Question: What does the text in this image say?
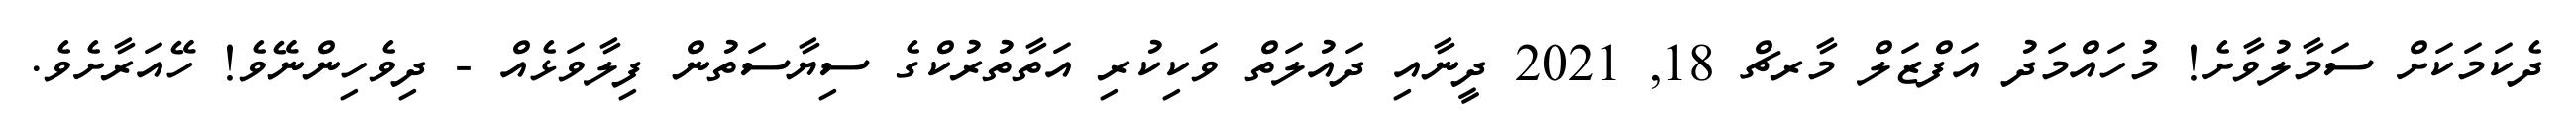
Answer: ދެކަމަކަށް ސަމާލުވާށެ! މުހައްމަދު އަފްޒަލް މާރޗް 18, 2021 ދީނާއި ދައުލަތް ވަކިކުރި އަތާތުރުކްގެ ސިޔާސަތުން ފިލާވަޅެއް - ދިވެހިންނޭވެ! ހޭއަރާށެވެ.